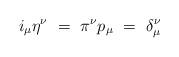
LaTeX: \begin{align*}i_\mu \eta^\nu ~=~ \pi^\nu p_\mu ~=~ \delta^\nu_\mu\end{align*}